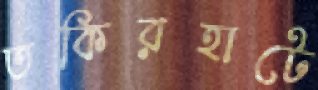
তকিরহাটে